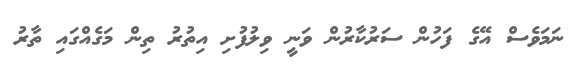
ނަމަވެސް އޭގެ ފަހުން ސަރުކާރުން ވަނީ ވިލުފުށި އިތުރު ތިން މަގެއްގައި ތާރު